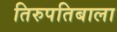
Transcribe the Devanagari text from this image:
तिरुपतिबाला